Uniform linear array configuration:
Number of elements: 8
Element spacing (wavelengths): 0.75
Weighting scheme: cosine
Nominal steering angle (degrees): -15
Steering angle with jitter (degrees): -13.593
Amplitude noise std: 0.05
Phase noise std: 0.05

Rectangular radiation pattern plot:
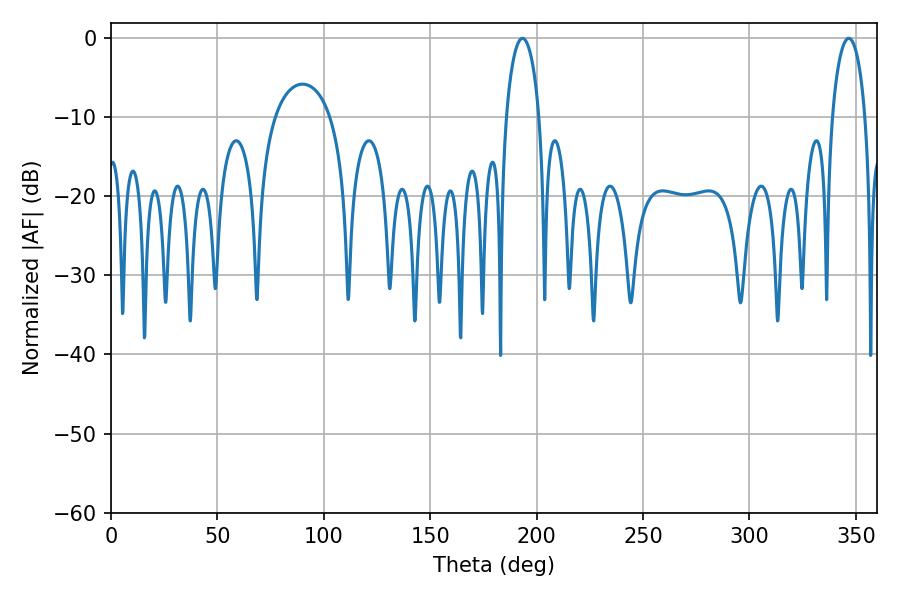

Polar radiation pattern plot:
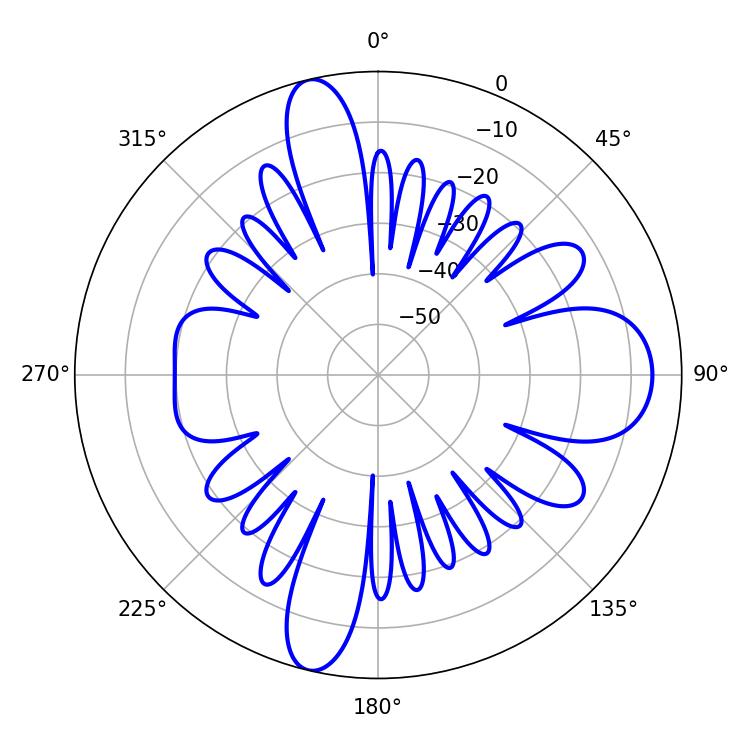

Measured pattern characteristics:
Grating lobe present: TRUE
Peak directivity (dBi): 18.546
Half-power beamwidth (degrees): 8.82
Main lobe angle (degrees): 193.32